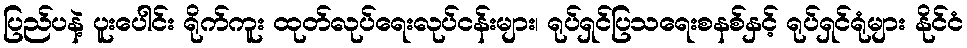
ပြည်ပနဲ့ ပူးပေါင်း ရိုက်ကူး ထုတ်လုပ်ရေးလုပ်ငန်းများ၊ ရုပ်ရှင်ပြသရေးစနစ်နှင့် ရုပ်ရှင်ရုံများ နိုင်ငံ